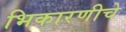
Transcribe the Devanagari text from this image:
भिकारणीचे